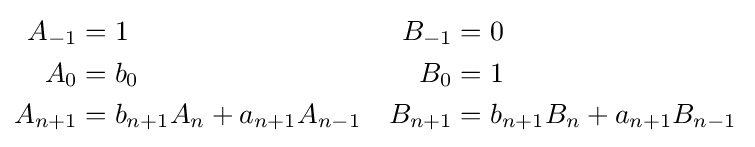
{\begin{aligned}A_{-1}&=1&B_{-1}&=0\\A_{0}&=b_{0}&B_{0}&=1\\A_{n+1}&=b_{n+1}A_{n}+a_{n+1}A_{n-1}&B_{n+1}&=b_{n+1}B_{n}+a_{n+1}B_{n-1}\,\end{aligned}}